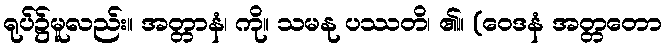
ရုပ်၌မူလည်း။ အတ္တာနံ၊ ကို။ သမနု ပဿတိ၊ ၏။ (ဝေဒနံ အတ္တတော